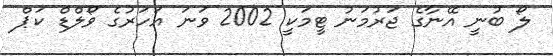
ލޯ ބުނީ އޭނާގެ ޖަރުމަނު ޓީމަކީ 2002 ވަނަ އަހަރުގެ ވޯލްޑް ކަޕް